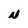
Character: N